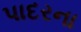
પાદરના